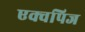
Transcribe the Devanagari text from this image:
एक्वपिज